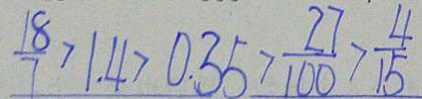
\frac { 1 8 } { 7 } > 1 . 4 > 0 . 3 5 > \frac { 2 7 } { 1 0 0 } > \frac { 4 } { 1 5 }